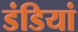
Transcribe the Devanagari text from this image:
डंडियां